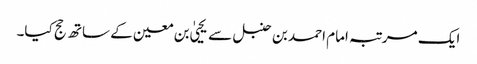
ایک مرتبہ امام احمد بن حنبل سے یحییٰ بن معین کے ساتھ حج کیا۔